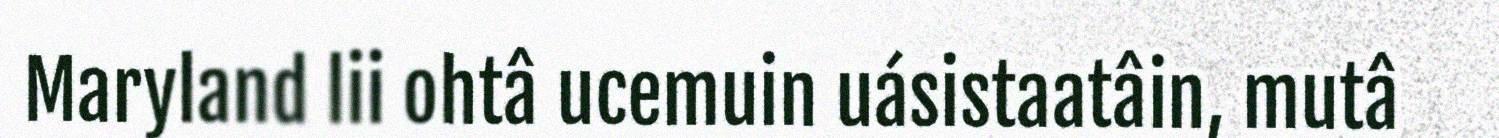
Maryland lii ohtâ ucemuin uásistaatâin, mutâ